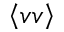
\left< v v \right>